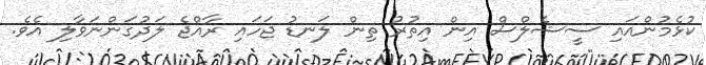
ކުޅެމުންއައި ސީޝެލްސް އިން އިތުރު ތިން ލަނޑު ޖަހައި ރާއްޖެ ލަދުގަންނަވާލި އެވެ.